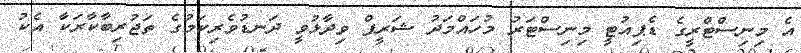
އެ މިނިސްޓްރީގެ ޑެޕިއުޓީ މިނިސްޓަރު މުހައްމަދު ޝަރީފް ވިދާޅުވީ ދަނޑުވެރިކަމުގެ ތަޖުރިބާކާރަކާ އެކު